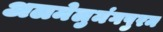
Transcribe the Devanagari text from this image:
अलमेलुमंगपुरम